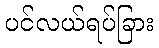
ပင်လယ်ရပ်ခြား